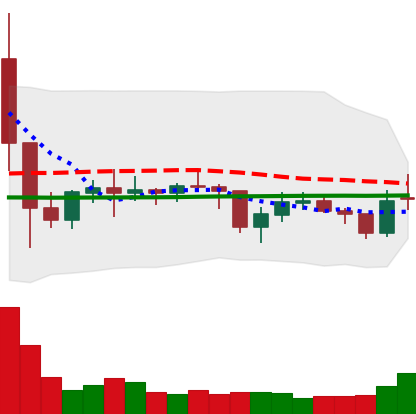
Ticker: EOS-USD
Chart end date: 2021-01-29
Forward return: 12.293%
Label: up_7plus